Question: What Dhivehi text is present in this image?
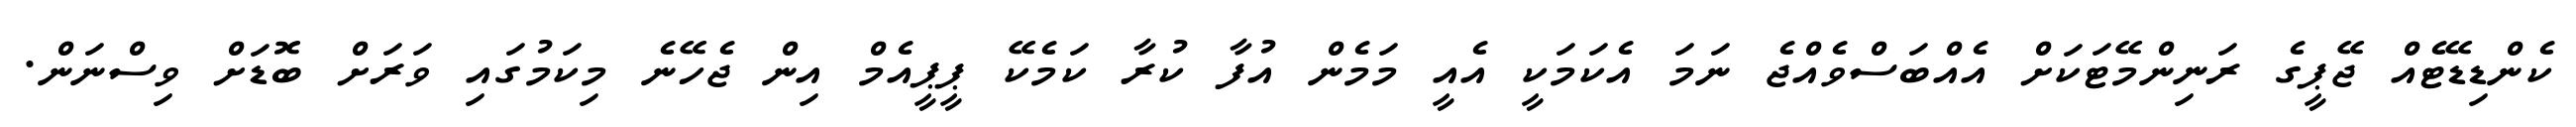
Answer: ކެންޑިޑޭޓެއް ޖޭޕީގެ ރަނިންމޭޓަކަށް އެއްބަސްވެއްޖެ ނަމަ އެކަމަކީ އެއީ މަމެން އުފާ ކުރާ ކަމެކޭ ޕީޕީއެމް އިން ޖެހޭނެ މިކަމުގައި ވަރަށް ބޮޑަށް ވިސްނަން.